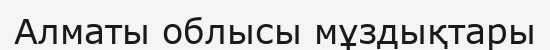
Алматы облысы мұздықтары